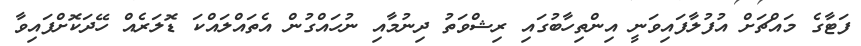
ފަޓާގެ މައްޗަށް އުފުލާފައިވަނީ އިންތިހާބުގައި ރިޝްވަތު ދިނުމާއި ނުހައްގުން އެތައްލައްކަ ޑޮލަރެއް ހޭދަކޮށްފައިވާ